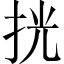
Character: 挄